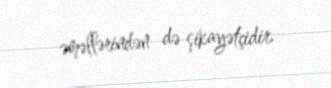
əməllərindən də şikayətçidir.